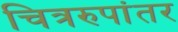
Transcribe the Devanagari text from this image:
चित्ररुपांतर